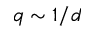
q \sim 1 / d